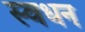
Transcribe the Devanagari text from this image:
स्वधन